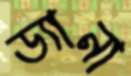
ড্যানা